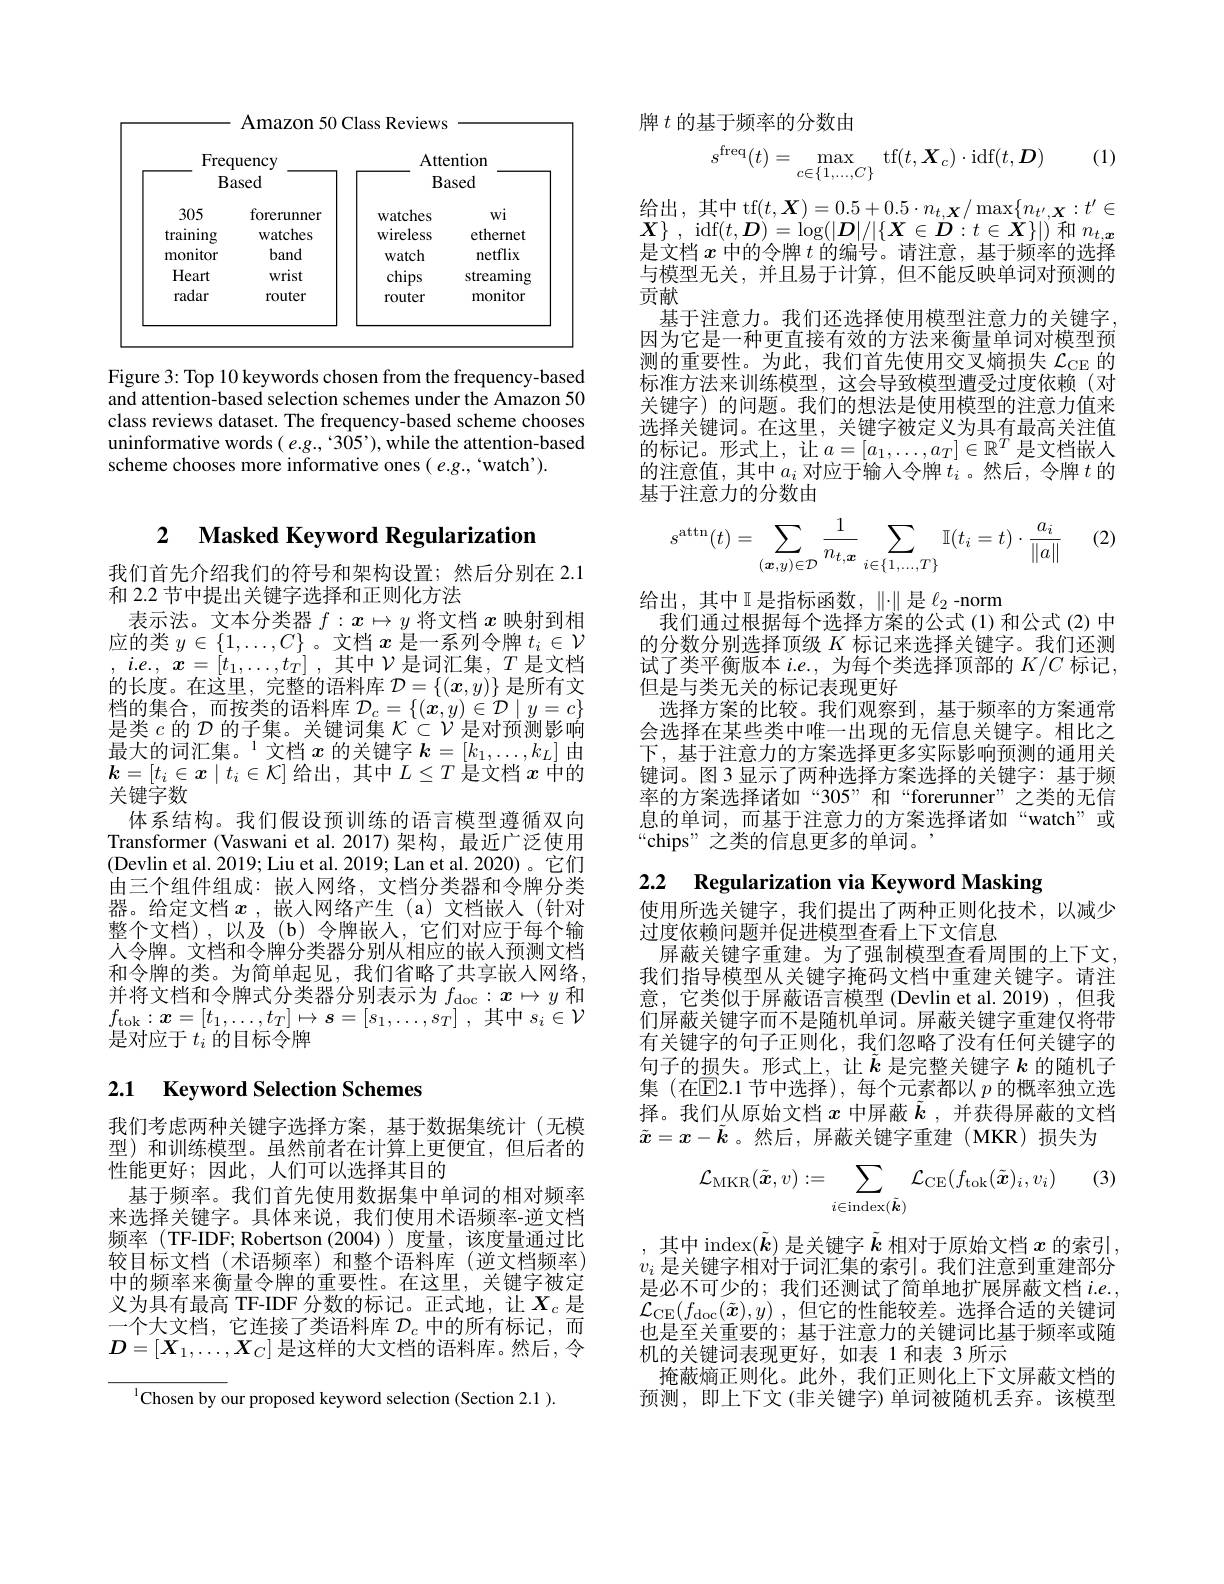
Amazon 50 Class Reviews

<table>
	<tbody>
		<tr>
			<th colspan="2">Frequency Based</th>
			<th colspan="2">Attention Based</th>
		</tr>
		<tr>
			<th>305 training</th>
			<th>forerunner watches</th>
			<th>watches wireless</th>
			<th>$wi$ ethernet</th>
		</tr>
		<tr>
			<td>$\Pi Umun$ Heart radar</td>
			<td>${\mathbf{Dam}}$ wrist router</td>
			<td>Walcm chips router</td>
			<td>IICUIIA streaming monitor</td>
		</tr>
	</tbody>
</table>

Figure 3: Top 10 keywords chosen from the frequency-based and attention-based selection schemes under the Amazon 50 class reviews dataset. The frequency-based scheme chooses uninformative words $(e.g.$, 305'), while the attention-based scheme chooses more informative ones( e.g., 'watch').

## 2 Masked Keyword Regularization

我们首先介绍我们的符号和架构设置；然后分别在 2.1
和 2.2 节中提出关键字选择和正则化方法
表示法。文本分类器$f:x\mapsto y$将文档$x$映射到相$\begin{array}{ll}{\text{应的类 }y\in\{1,\ldots,C\}\text{ 。文档 }x\text{ 是一系列令牌 }t_{i}\in\mathcal{V}}\\{,~i.e.,~x=[t_{1},\ldots,t_{T}]~,~\text{其中 }\mathcal{V}\text{ 是词汇集 },~T\text{ 是文档}}\end{array}$ 的长度。在这里，完整的语料库$\mathcal{D}=\{(\boldsymbol{x},y)\}$是所有文档的集合，而按类的语料库$\mathcal{D}_c=\{(\boldsymbol{x},y)\in\mathcal{D}\mid y=c\}$ 是 类 $c$ 的 $\mathcal{D}$ 的 子 集 。关 键 词 集 $\mathcal{K} \subset \mathcal{V}$ 是 对 预 测 影 响 $\text{最 大 的 词 汇 集 。}^{1}$ 文 档 $x$ 的 关 键 字 $\boldsymbol{k}= [ k_{1}, \ldots , k_{L}]$ 由$\boldsymbol{k}=[t_i\in\boldsymbol{x}\mid t_i\in\mathcal{K}]$给出，其中$L\leq T$是文档$x$中的关键字数
体系结构。我们假设预训练的语言模型遵循双向Transformer (Vaswani et al. 2017)架构，最近广泛使用(Devlin et al. 2019; Liu et al. 2019; Lan et al. 2020)。它们由三个组件组成：嵌人网络，文档分类器和令牌分类器。给定文档$x$ ,嵌人网络产生(a)文档嵌入(针对整个文档),以及(b)令牌嵌入，它们对应于每个输人令牌。文档和令牌分类器分别从相应的嵌入预测文档和令牌的类。为简单起见，我们省略了共享嵌人网络， 并将文档和令牌式分类器分别表示为$f_\mathrm{doc}:x\mapsto y$和$f_{\mathrm{tok}}: \boldsymbol{x}= [ t_{1}, \ldots , t_{T}] \mapsto \boldsymbol{s}= [ s_{1}, \ldots , s_{T}]$ ,其中$s_i\in\mathcal{V}$ 是对应于$t_i$的目标令牌

### 2.1 $\textbf{Keyword Selection Schemes}$

我们考虑两种关键字选择方案，基于数据集统计(无模型)和训练模型。虽然前者在计算上更便宜，但后者的性能更好；因此，人们可以选择其目的
基于频率。我们首先使用数据集中单词的相对频率来选择关键字。具体来说，我们使用术语频率-逆文档频率(TF-IDF;Robertson(2004))度量，该度量通过比较目标文档(术语频率)和整个语料库(逆文档频率) 中的频率来衡量令牌的重要性。在这里，关键字被定义为具有最高 TF-IDF 分数的标记。正式地，让$X_c$是一个大文档，它连接了类语料库$\mathcal{D}_c$中的所有标记，而$D=[X_1,\ldots,X_C]$是这样的大文档的语料库。然后，令

$^{1}$Chosen by our proposed keyword selection (Section 2.1 ).

牌$t$的基于频率的分数由

(1)
$$s^\mathrm{freq}(t)=\max_{c\in\{1,...,C\}}\mathrm{tf}(t,\boldsymbol{X}_c)\cdot\mathrm{idf}(t,\boldsymbol{D})$$
给出，其中 tf$(t,\boldsymbol{X})=0.5+0.5\cdot n_{t,\boldsymbol{X}}/\max\{n_{t^{\prime},\boldsymbol{X}}:t^{\prime}\in$ $\boldsymbol{X}\}$ , idf$(t,\boldsymbol{D})=\log(|\boldsymbol{D}|/|\{\boldsymbol{X}\in\boldsymbol{D}:t\in\boldsymbol{X}\}|)$和$n_t,\boldsymbol{x}$ 是文档$x$中的令牌$t$的编号。请注意，基于频率的选择与模型无关，并且易于计算，但不能反映单词对预测的贡献
基于注意力。我们还选择使用模型注意力的关键字因为它是一种更直接有效的方法来衡量单词对模型预测的重要性。为此，我们首先使用交叉熵损失$\mathcal{L}_\mathrm{CE}$的标准方法来训练模型，这会导致模型遭受过度依赖(对关键字)的问题。我们的想法是使用模型的注意力值来选择关键词。在这里，关键字被定义为具有最高关注值的标记。形式上，让$a=[a_1,\ldots,a_T]\in\mathbb{R}^T$是文档嵌人的注意值，其中$a_i$ 对应于输入令牌$t_i$。然后，令牌$t$ 的基于注意力的分数由

(2)
$$s^{\arctan}(t)=\sum\limits_{(\boldsymbol{x},y)\in\mathcal{D}}\frac{1}{n_{t,\boldsymbol{x}}}\sum\limits_{i\in\{1,\dots,T\}}\mathbb{I}(t_i=t)\cdot\frac{a_i}{\|a\|}$$
给出，其中II是指标函数，$\|\cdot\|$是$\ell_2$-norm
我们通过根据每个选择方案的公式(1)和公式(2)中的分数分别选择顶级$K$标记来选择关键字。我们还测试了类平衡版本$i.e.$,为每个类选择顶部的$K/C$标记， 但是与类无关的标记表现更好
选择方案的比较。我们观察到，基于频率的方案通常会选择在某些类中唯一出现的无信息关键字。相比之下，基于注意力的方案选择更多实际影响预测的通用关键词。图 3 显示了两种选择方案选择的关键字：基于频率的方案选择诸如“305”和“forerunner”之类的无信息的单词，而基于注意力的方案选择诸如“watch”或“chips”之类的信息更多的单词。

2.2 Regularization via Keyword Masking

使用所选关键字，我们提出了两种正则化技术，以减少
过度依赖问题并促进模型查看上下文信息
屏蔽关键字重建。为了强制模型查看周围的上下文， 我们指导模型从关键字掩码文档中重建关键字。请注意，它类似于屏蔽语言模型(Devlin et al.2019),但我们屏蔽关键字而不是随机单词。屏蔽关键字重建仅将带有关键字的句子正则化，我们忽略了没有任何关键字的句子的损失。形式上，让$\tilde{k}$是完整关键字$k$的随机子集(在$\overline{\mathrm{E}}$2.1 节中选择),每个元素都以 $p$ 的概率独立选择。我们从原始文档$x$中屏蔽$\tilde{\boldsymbol{k}}$ ,并获得屏蔽的文档$\tilde{x}=x-\tilde{\boldsymbol{k}}$。然后，屏蔽关键字重建(MKR)损失为

(3)
$$\mathcal{L}_{\mathrm{MKR}}(\tilde{\boldsymbol{x}},v):=\sum_{i\in\mathrm{index}(\tilde{\boldsymbol{k}})}\mathcal{L}_{\mathrm{CE}}(f_{\mathrm{tok}}(\tilde{\boldsymbol{x}})_{i},v_{i})$$
,其中$\operatorname{index}(\tilde{\boldsymbol{k}})$是关键字$\tilde{\boldsymbol{k}}$相对于原始文档$x$的索引$v_i$是关键字相对于词汇集的索引。我们注意到重建部分是必不可少的；我们还测试了简单地扩展屏蔽文档$i.e.$ $\mathcal{L} _{\mathrm{CE}}( f_{\mathrm{doc}}( \tilde{\boldsymbol{x}} ) , y)$ ,但它的性能较差。选择合适的关键词也是至关重要的；基于注意力的关键词比基于频率或随机的关键词表现更好，如表 1 和表 3 所示
掩蔽熵正则化。此外，我们正则化上下文屏蔽文档的预测，即上下文(非关键字)单词被随机丢弃。该模型